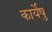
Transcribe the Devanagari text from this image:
कार्येषु